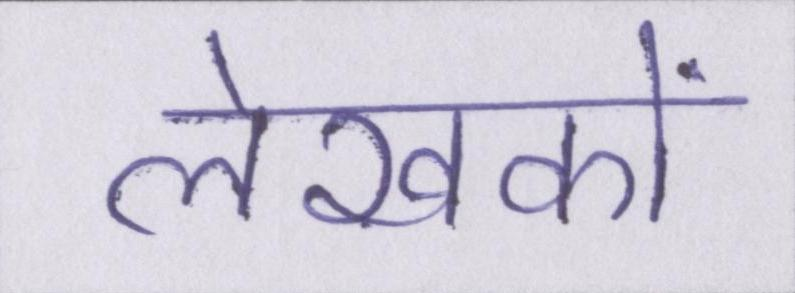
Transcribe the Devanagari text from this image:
लेखकों